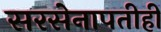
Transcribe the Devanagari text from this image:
सरसेनापतीही